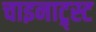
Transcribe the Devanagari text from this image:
चाइनाट्र्स्ट